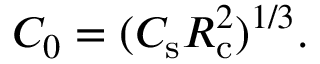
C _ { 0 } = ( C _ { \mathrm { s } } R _ { \mathrm { c } } ^ { 2 } ) ^ { 1 / 3 } .